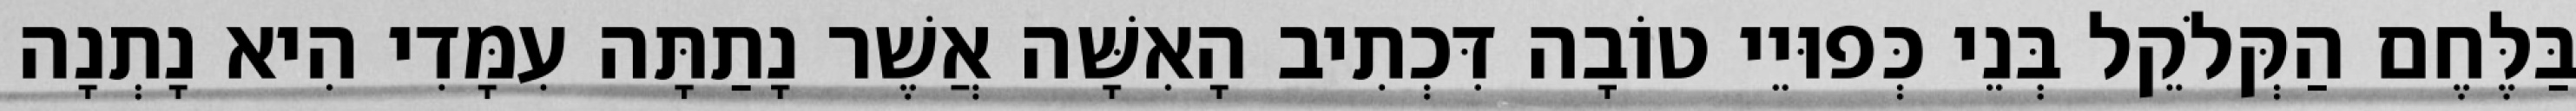
בַּלֶּחֶם הַקְּלֹקֵל בְּנֵי כְּפוּיֵי טוֹבָה דִּכְתִיב הָאִשָּׁה אֲשֶׁר נָתַתָּה עִמָּדִי הִיא נָתְנָה